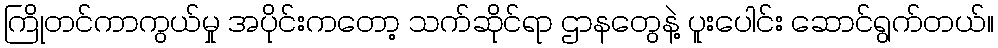
ကြိုတင်ကာကွယ်မှု အပိုင်းကတော့ သက်ဆိုင်ရာ ဌာနတွေနဲ့ ပူးပေါင်း ဆောင်ရွက်တယ်။